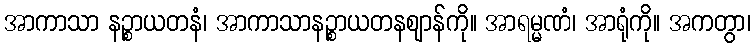
အာကာသာ နဉ္စာယတနံ၊ အာကာသာနဉ္စာယတနဈာန်ကို။ အာရမ္မဏံ၊ အာရုံကို။ အကတွာ၊